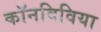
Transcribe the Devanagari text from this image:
कॉनविविया